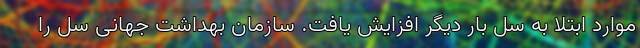
موارد ابتلا به سل بار دیگر افزایش یافت. سازمان بهداشت جهانی سل را